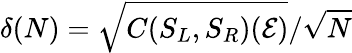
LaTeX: \delta(N)=\sqrt{C(S_{L},S_{R})(\mathcal{E})}/\sqrt{N}